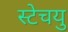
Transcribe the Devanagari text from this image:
स्टेचयु